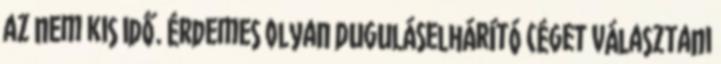
az nem kis idő. Érdemes olyan duguláselhárító céget választani